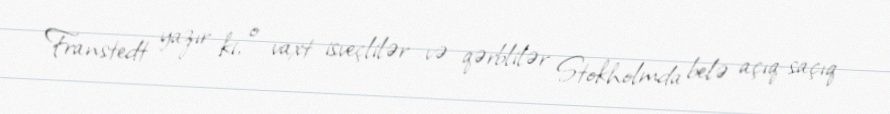
Franstedt yazır ki, o vaxt isveçlilər və qərblilər Stokholmda belə açıq-saçıq